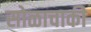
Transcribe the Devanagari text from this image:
सोळाचाकी